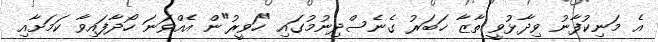
އެ މަނިކުފާނު ވިދާޅުވީ ތާޒާ ޚަބަރު ގެނެސްދިނުމުގައި "ހަވީރު"ން އެއްވަނަ ހޯދާފައިވާ ކަމަށާއި